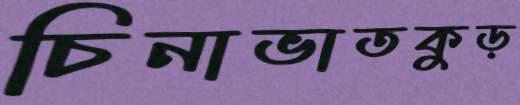
চিনাভাতকুড়